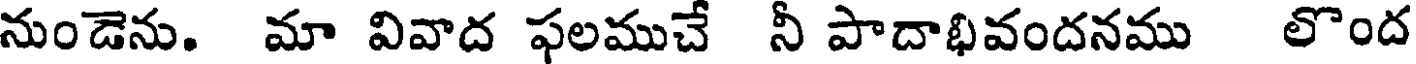
నుండెను. మా వివాద ఫలముచే నీ పాదాభివందనము లొంద